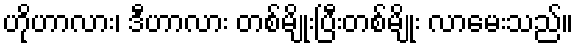
ဟိုဟာလား၊ ဒီဟာလား တစ်မျိုးပြီးတစ်မျိုး လာမေးသည်။